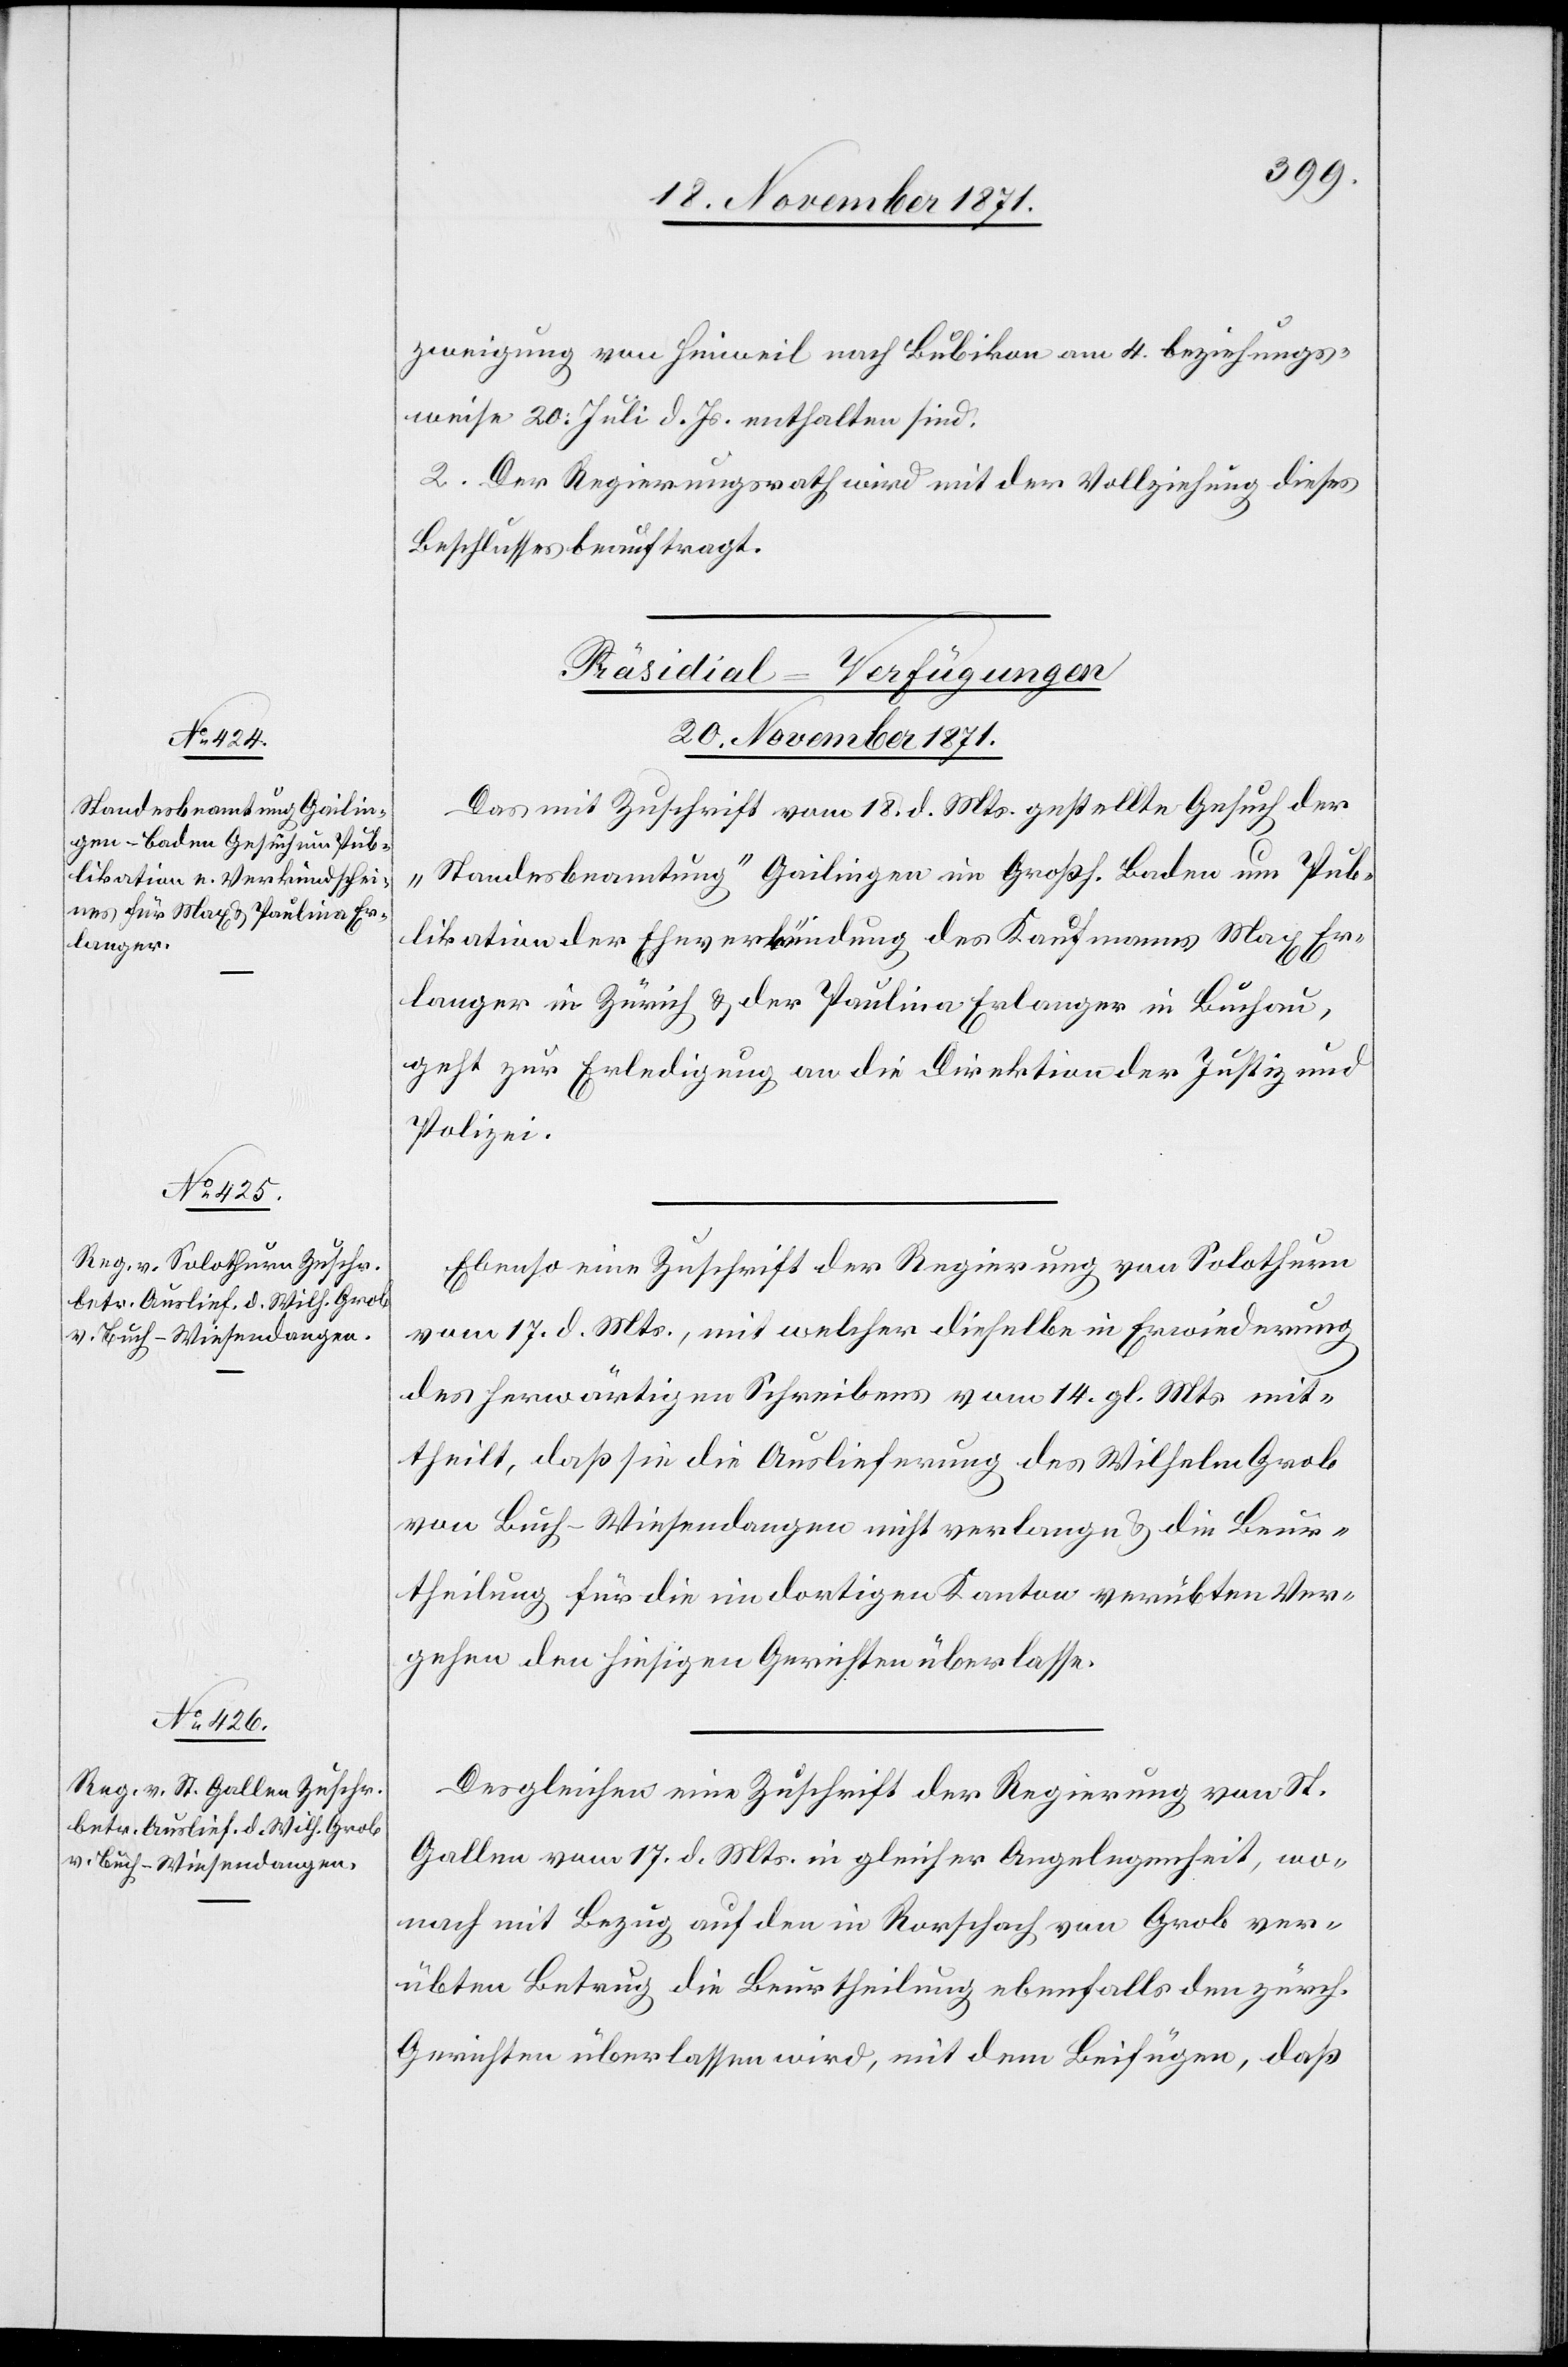
zweigung von Hinweil nach Bubikon am 4. beziehungs¬
weise 20. Juli d. Js. enthalten sind.
2. Der Regierungsrath wird mit der Vollziehung dieses
Beschlusses beauftragt.
[Präsidial-Verfügungen
20. November 1871.]
Das mit Zuschrift vom 18. d. Mts. gestellte Gesuch der
„Standesbeamtung“ Gailingen im Großh. Baden um Pub¬
likation der Eheverkündung des Kaufmannes Max Er¬
langer in Zürich & der Paulina Erlanger in Buchau,
geht zur Erledigung an die Direktion der Justiz und
Polizei.
Ebenso eine Zuschrift der Regierung von Solothurn
vom 17. d. Mts., mit welcher dieselbe in Erwiederung
des herwärtigen Schreibens vom 14. gl. Mts. mit¬
theilt, daß sie die Auslieferung des Wilhelm Grob
von Buch-Wiesendangen nicht verlange & die Beur¬
theilung für die im dortigen Kanton verübten Ver¬
gehen den hiesigen Gerichten überlasse.
Desgleichen eine Zuschrift der Regierung von St.
Gallen vom 17. d. Mts. in gleicher Angelegenheit, wo¬
nach mit Bezug auf den in Rorschach von Grob ver¬
übten Betrug die Beurtheilung ebenfalls den zürch.
Gerichten überlassen wird, mit dem Beifügen, daß